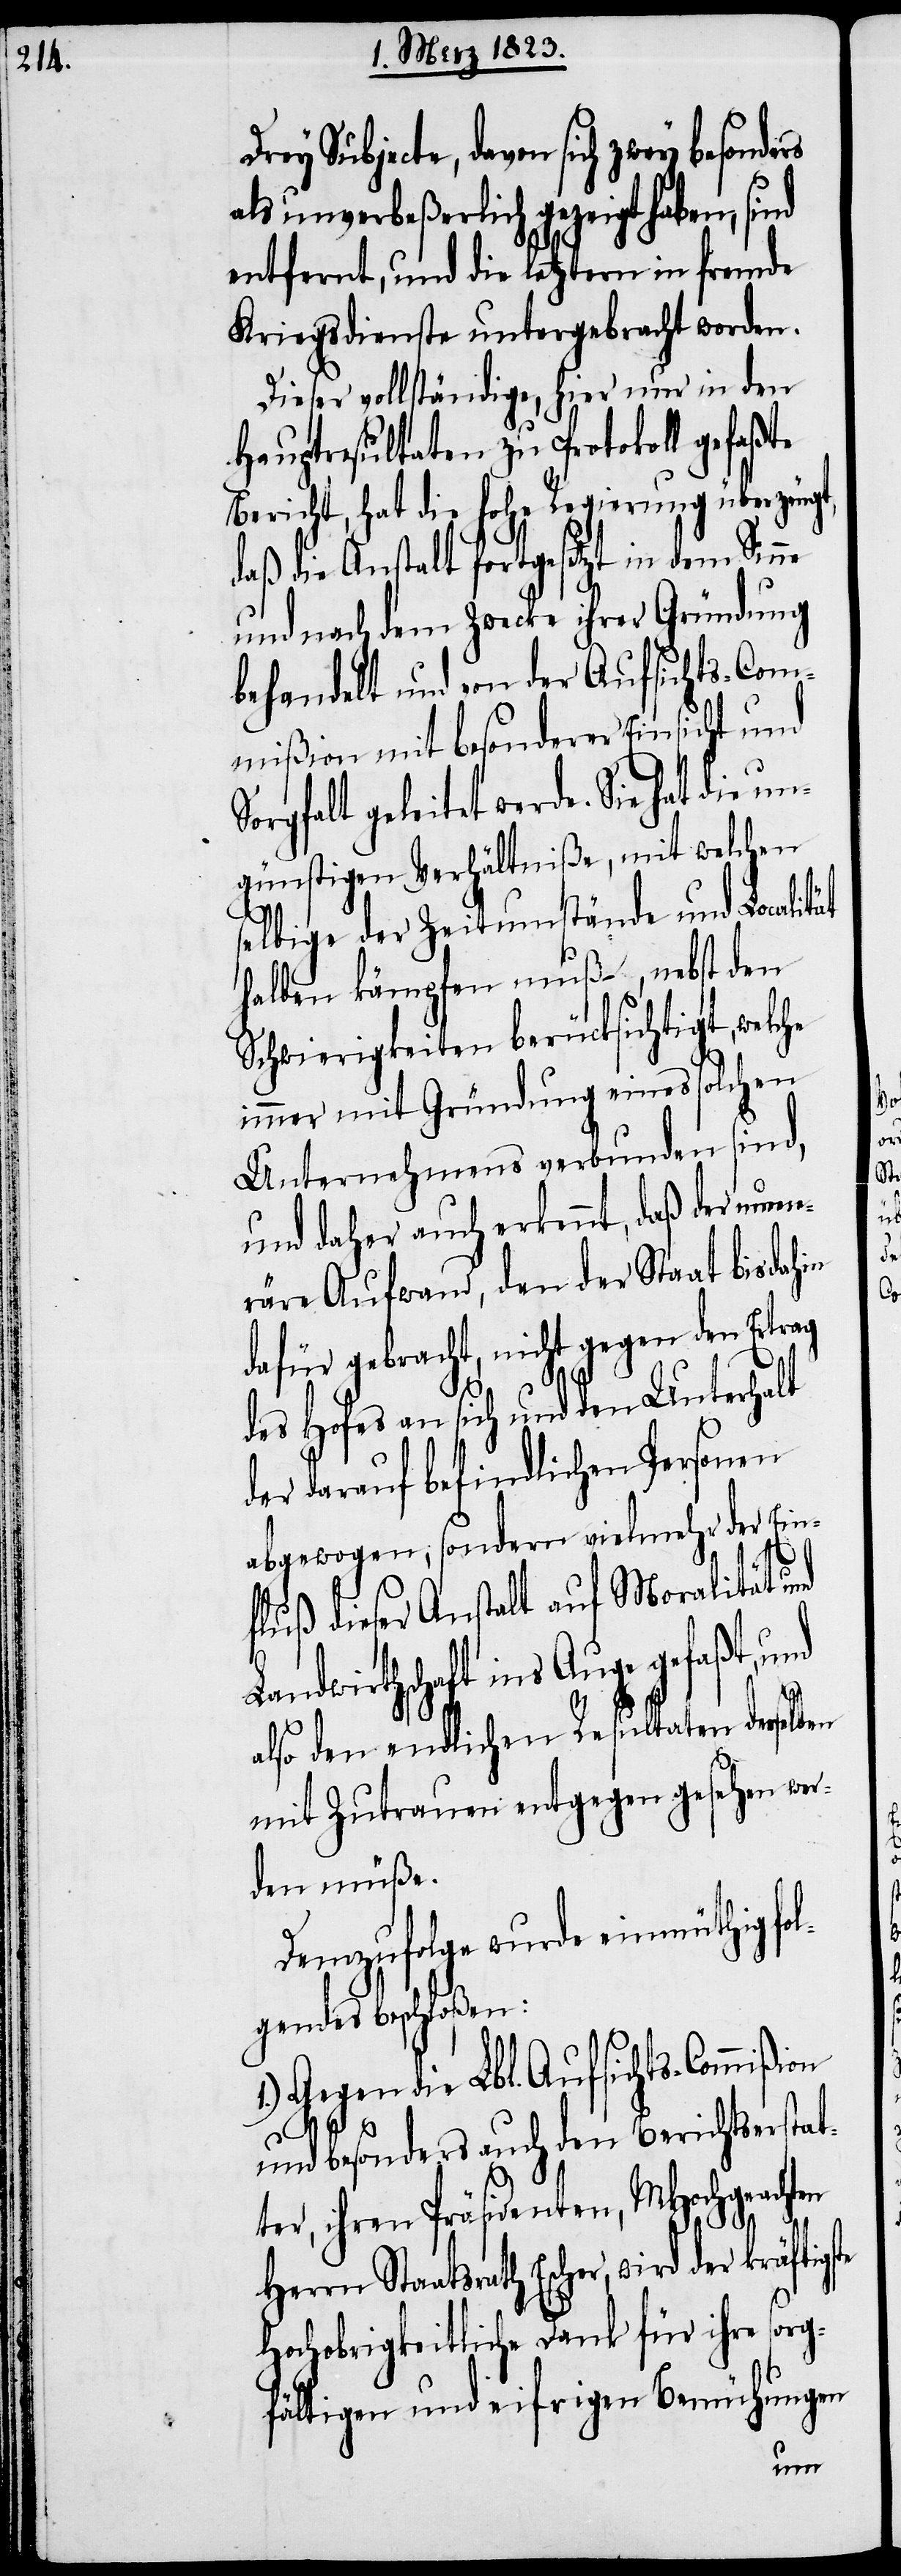
Drey Subjecte, davon sich zwey
als unverbeßerlich gezeigt haben, sind
entfernt, und die letztern in fremde
Kriegsdienste untergebracht worden.
Dieser vollständige, hier nur in den
Hauptresultaten zu Protokoll gefaßte
Bericht, hat die hohe Regierung überzeugt,
daß die Anstalt fortgesetzt in dem Sin¬
und nach dem Zwecke ihrer Gründung
behandelt und von der Aufsichts-Com¬
mißion mit besonderer Einsicht und
Sorgfalt geleitet werde. Sie hat die
günstigen Verhältniße, mit welchen
selbige der Zeitumstände und Localit¬
halben kämpfen muß – , nebst den
Schwierigkeiten berücksichtigt, welche
immer mit Gründung eines solchen
Unternehmens verbunden sind,
und daher auch erkennt, daß der nume¬
räre Aufwand, den der Staat bisdahin
dafür gebracht, nicht gegen den Ertrag
ät
des Hofes an sich und den Unterhalt
der darauf befindlichen Personen
abgewogen, sondern vielmehr der Ein¬
fluß dieser Anstalt auf Moralität und
Landwirthschaft ins Auge gefaßt, und
also den endlichen Resultaten derselben
mit Zutrauen entgegen gesehen wer¬
den müße.
Demzufolge wurde einmüthig fo¬
lgendes beschloßen:
Gegen die Lbl. Aufsichts-Commißion
und besonders auch den Berichtserstat¬
ter, ihren Präsidenten, MHochgeachten
te
Herrn Staatsrath Escher, wird der kräftigs¬
Hochobrigkeitliche Dank für ihre sor¬
gfältigen und eifrigen Bemühungen
un¬